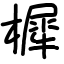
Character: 樨